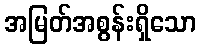
အမြတ်အစွန်းရှိသော